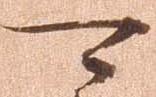
可